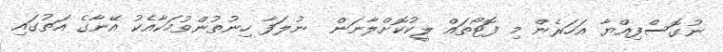
ނުގޮސްފިއްޔާ އަހަރެން މި ފޮޓޯތައް ލީކުކޮށްލާނަން  ނުލަފާ ހިނުތުންވުމަކާއެކު އޭނާގެ އަތުގައި